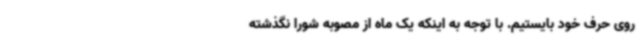
روی حرف خود بایستیم. با توجه به اینکه یک ماه از مصوبه شورا نگذشته